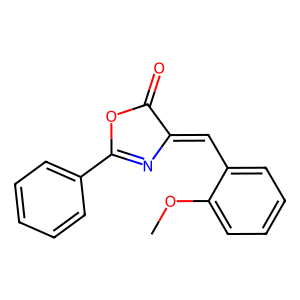
SMILES: COc1ccccc1C=C1N=C(c2ccccc2)OC1=O
Inhibits HIV replication: No